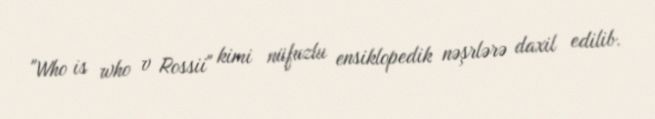
"Who is who v Rossii" kimi nüfuzlu ensiklopedik nəşrlərə daxil edilib.